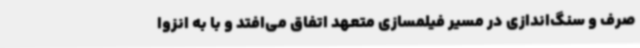
صرف و سنگ‌اندازی در مسیر فیلمسازی متعهد اتفاق می‌افتد و با به انزوا